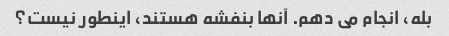
بله، انجام می دهم. آنها بنفشه هستند، اینطور نیست؟